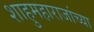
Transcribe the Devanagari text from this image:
शाहुमहाराजांच्या